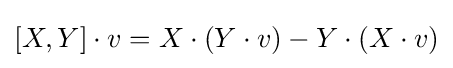
[X,Y]\cdot v=X\cdot (Y\cdot v)-Y\cdot (X\cdot v)